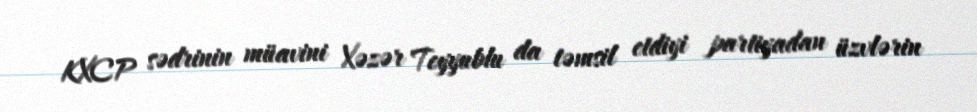
KXCP sədrinin müavini Xəzər Teyyublu da təmsil etdiyi partiyadan üzvlərin